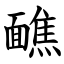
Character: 䩌